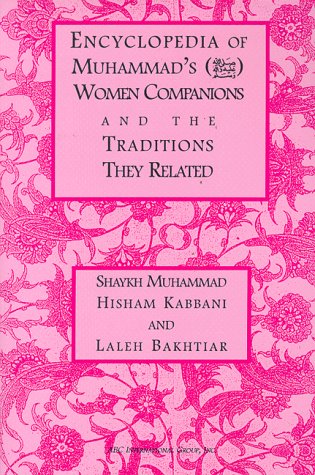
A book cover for Encyclopedia of Muhammad's Women Companions; Muhammad Hisham Kabbani; Religion & Spirituality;